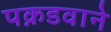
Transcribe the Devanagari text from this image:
पक़डवाने